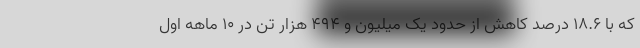
که با ۱۸.۶ درصد کاهش از حدود یک میلیون و ۴۹۴ هزار تن در ۱۰ ماهه اول